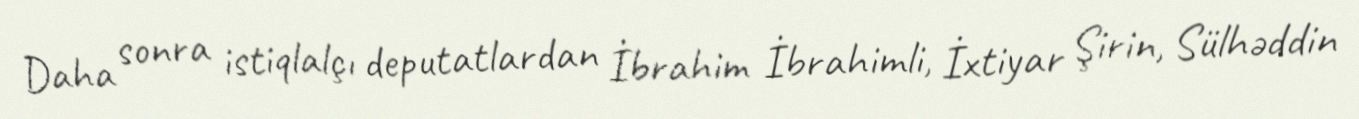
Daha sonra istiqlalçı deputatlardan İbrahim İbrahimli, İxtiyar Şirin, Sülhəddin